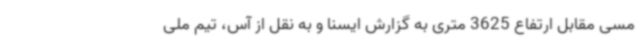
مسی مقابل ارتفاع 3625 متری به گزارش ایسنا و به نقل از آس، تیم ملی